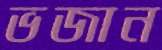
ভজান